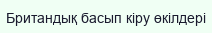
Британдық басып кіру өкілдері